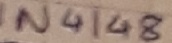
Text: 2N4148